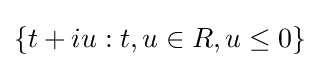
\{t+iu:t,u\in R,u\leq 0\}